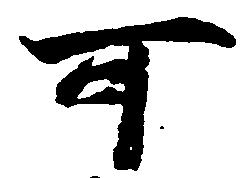
可